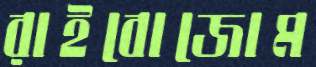
রাইবোজোম